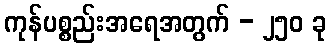
ကုန်ပစ္စည်းအရေအတွက် - ၂၅၀ ခု